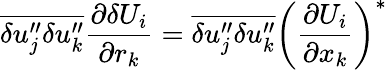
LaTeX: \overline{{{\delta u_{j}^{\prime\prime}\delta u_{k}^{\prime\prime}}}}\frac{\partial\delta U_{i}}{\partial r_{k}}=\overline{{{\delta u_{j}^{\prime\prime}\delta u_{k}^{\prime\prime}}}}\left(\frac{\partial U_{i}}{\partial x_{k}}\right)^{*}